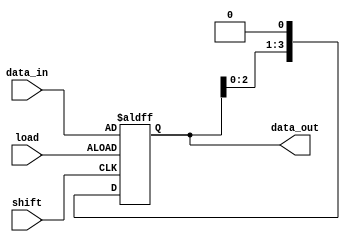
module pipo_shift_register(
  input [3:0] data_in,
  input shift,
  input load,
  output reg [3:0] data_out
);

  reg [3:0] register;

  always @ (posedge shift or posedge load)
  begin
    if (load)
      register <= data_in;
    else if (shift)
      register <= {register[2:0], 1'b0};
  end

  assign data_out = register;

endmodule